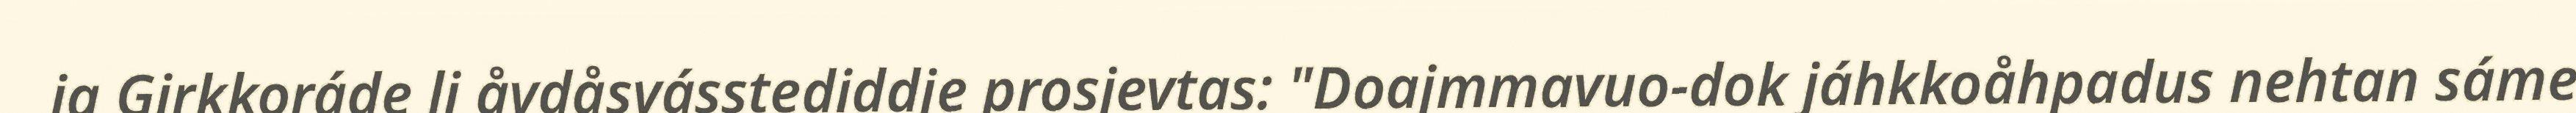
ja Girkkoráde li åvdåsvásstediddje prosjevtas: "Doajmmavuo-dok jáhkkoåhpadus nehtan sáme